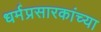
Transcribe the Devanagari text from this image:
धर्मप्रसारकांच्या